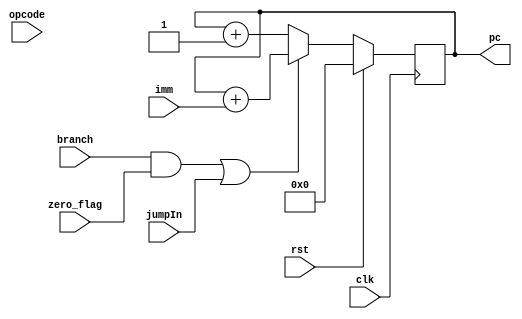
`timescale 1ns / 1ps
//////////////////////////////////////////////////////////////////////////////////
// Company: 
// Engineer: 
// 
// Design Name: 
// Module Name: pc_counter
// Project Name: 
// Target Devices: 
// Tool Versions: 
// Description: 
// 
// Dependencies: 
// 
// Revision:
// Revision 0.01 - File Created
// Additional Comments:
// 
//////////////////////////////////////////////////////////////////////////////////


module pc_counter(
    input clk,
    input rst,
    input zero_flag,
    input jumpIn,
    input branch,
    input [31:0] imm,
    input [6:0] opcode,
    output reg [31:0] pc
);

    always @ (posedge clk) begin
        if (rst) begin
            pc <= 32'h0;
        end
        // add jump instructions
        else if ((branch == 1 && zero_flag == 1) || jumpIn==1) begin
            pc <= pc + $signed(imm);
        end
        else
            pc <= pc + 1'b1;
    end
endmodule